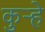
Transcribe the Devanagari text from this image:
कुर्‍हे